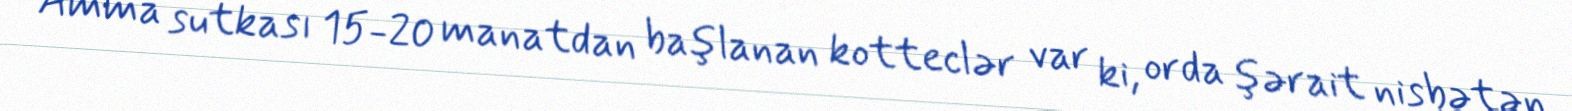
Amma sutkası 15-20 manatdan başlanan kotteclər var ki, orda şərait nisbətən